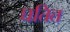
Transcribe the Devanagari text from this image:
घतित